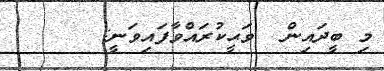
މި ބީދައިން  ވަޙީކުރައްވާފައިވަނީ: